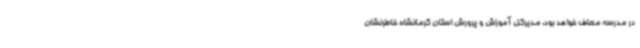
در مدرسه معاف خواهد بود. مدیرکل آموزش و پرورش استان کرمانشاه خاطرنشان